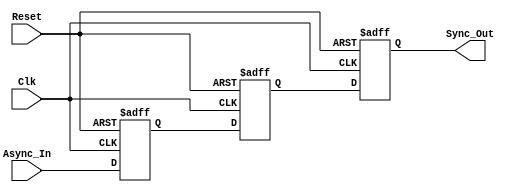
module DualFlipFlopSynchronizer (
    input wire Async_In,  // Asynchronous input signal
    input wire Clk,       // Clock signal for the destination domain
    input wire Reset,     // Asynchronous reset signal
    output reg Sync_Out   // Synchronized output signal
);

    // Internal flip-flop signals
    reg FF1, FF2;

    // First flip-flop: samples the asynchronous input
    always @(posedge Clk or posedge Reset) begin
        if (Reset) begin
            FF1 <= 1'b0;    // Reset state of FF1
        end else begin
            FF1 <= Async_In; // Capture the asynchronous input
        end
    end

    // Second flip-flop: samples the output of the first flip-flop
    always @(posedge Clk or posedge Reset) begin
        if (Reset) begin
            FF2 <= 1'b0;    // Reset state of FF2
        end else begin
            FF2 <= FF1;     // Capture the output of FF1
        end
    end

    // Output synchronized signal
    always @(posedge Clk or posedge Reset) begin
        if (Reset) begin
            Sync_Out <= 1'b0; // Reset state of Sync_Out
        end else begin
            Sync_Out <= FF2;   // Output the value of FF2
        end
    end

endmodule